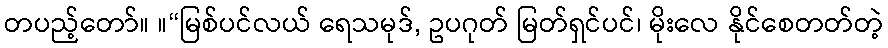
တပည့်တော်။ ။“မြစ်ပင်လယ် ရေသမုဒ်, ဥပဂုတ် မြတ်ရှင်ပင်၊ မိုးလေ နိုင်စေတတ်တဲ့